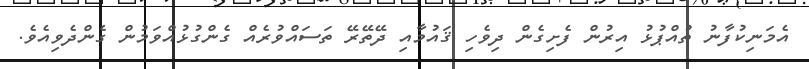
އެމަނިކުފާނު ތުއްޕުޅު އިރުން ފެށިގެން ދިވެހި ޤައުމާއި ދޭތޭރޭ ތަސައްވުރެއް ގެންގުޅުއްވަމުން ގެންދެވިއެވެ.